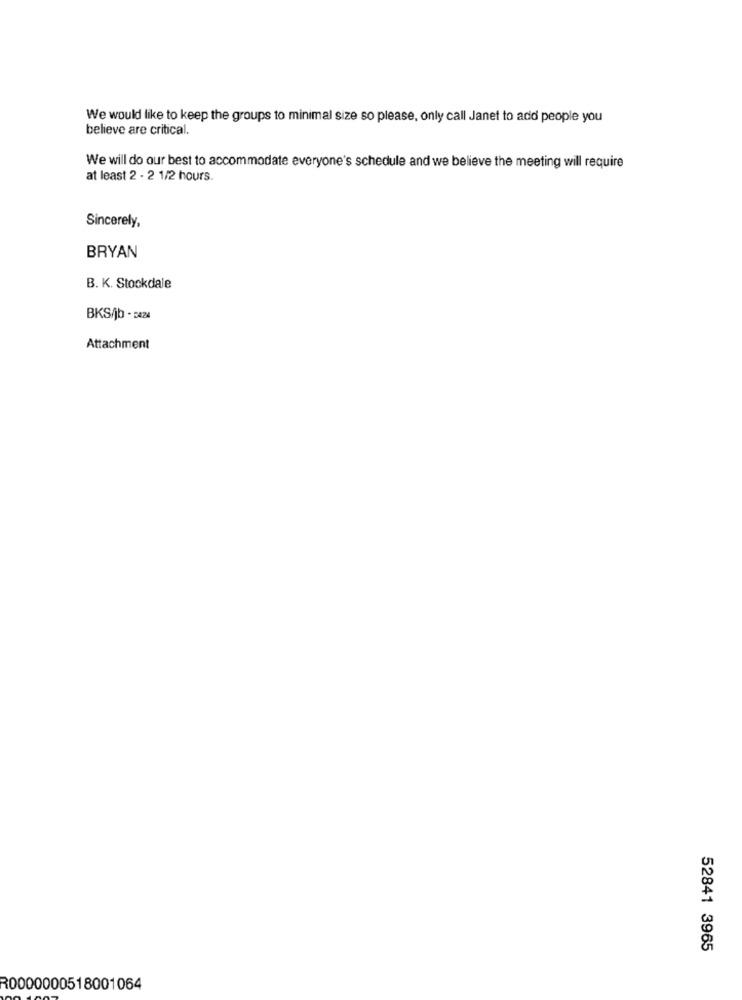
We would like to keep the groups to minimal size so please, only call Janet to add people you
believe are critical.
We will do our best to accommodate everyone's schedule and we believe the meeting will require
at least 2 - 2 1/2 hours.
Sincerely,
BRYAN
B. K. Stockdale
BKS/jb - 5424
Attachment
52841 3965
R0000000518001064